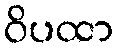
ဝိပထာ